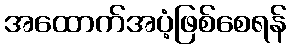
အထောက်အပံ့ဖြစ်စေရန်